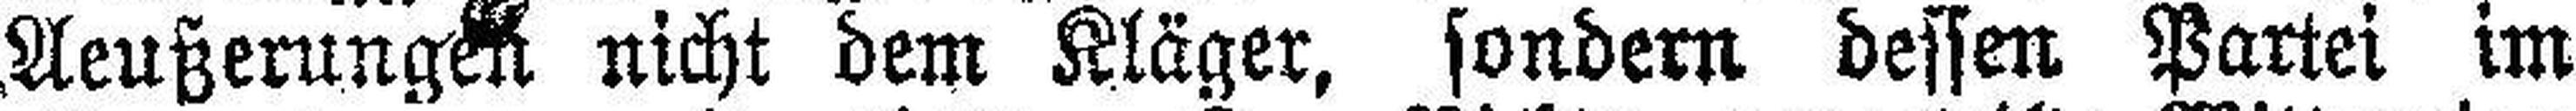
Aeußerungen nicht dem Kläger, sondern dessen Partei im